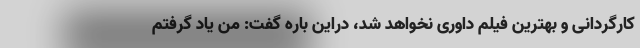
کارگردانی و بهترین فیلم داوری نخواهد شد، دراین باره گفت: من یاد گرفتم